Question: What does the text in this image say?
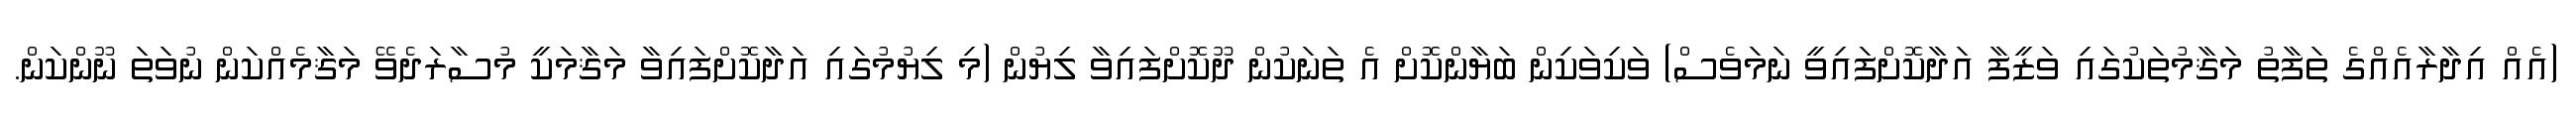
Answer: (އެއް އިދާރާއެއްގެ ތަފާތު މަޤާމުތަކުގައި ވަޒީފާ އަދާކޮށްފައިވީ ނަމަވެސް) ވަކިވަކިން ބަޔާންކޮށް އެ ތަނަކުން ދޫކޮށްފައިވާ ލިޔުން (މި ލިޔުމުގައި އަދާކޮށްފައިވާ މަޤާމަކީ މުސާރަދެވޭ މަޤާމެއްކަން ނުވަތަ ނޫންކަން.